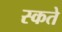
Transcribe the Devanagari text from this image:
स्कते